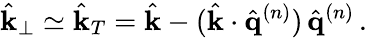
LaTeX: \hat{{\mathbf k}}_{\perp}\simeq\hat{{\mathbf k}}_{T}=\hat{{\mathbf k}}-(\hat{{\mathbf k}}\cdot\hat{{\mathbf q}}^{(n)})\, \hat{{\mathbf q}}^{(n)}\, .